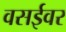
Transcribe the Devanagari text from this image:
वसईवर